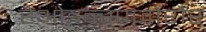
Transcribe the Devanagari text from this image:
हेओइन्स्फ्जोरौर